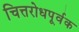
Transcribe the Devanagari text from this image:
चित्तरोधपूर्वक